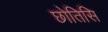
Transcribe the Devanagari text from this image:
छोतिसि